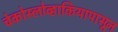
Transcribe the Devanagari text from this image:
चेकोस्लोव्हाकियापासून